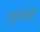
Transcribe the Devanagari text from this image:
लुनावाड़ा